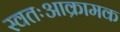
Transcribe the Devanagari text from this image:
स्वतःआक्रामक